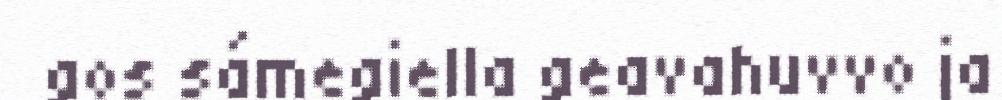
gos sámegiella geavahuvvo ja